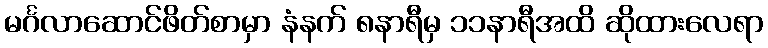
မင်္ဂလာဆောင်ဖိတ်စာမှာ နံနက် ၈နာရီမှ ၁၁နာရီအထိ ဆိုထားလေရာ